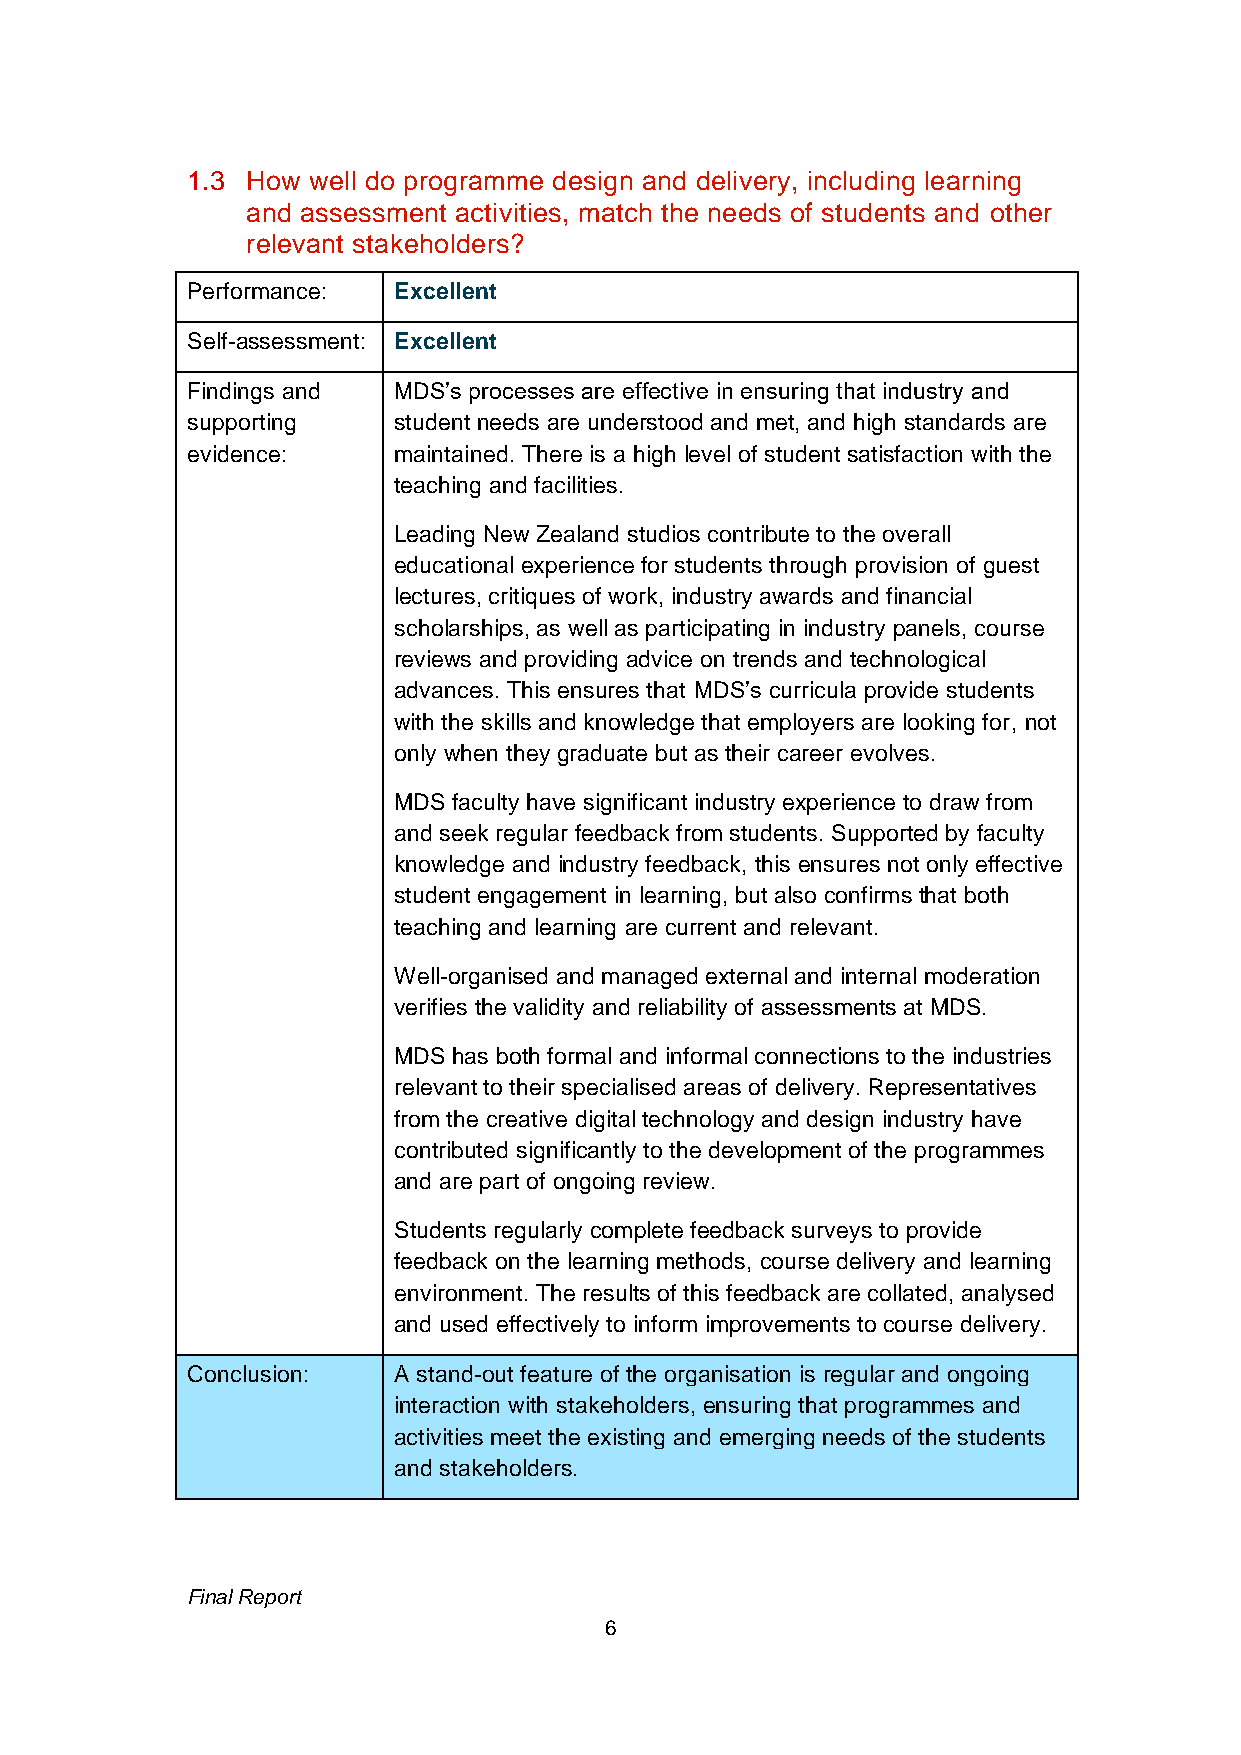
1.3 How well do programme design and delivery, including learning
 and assessment activities, match the needs of students and other
 relevant stakeholders?
 Performance:  Excellent
 Self-assessment: Excellent
 Findings and  MDS’s processes are effective in ensuring that industry and
 supporting    student needs are understood and met, and high standards are
 evidence:     maintained. There is a high level of student satisfaction with the
 teaching and facilities.
 Leading New Zealand studios contribute to the overall
 educational experience for students through provision of guest
 lectures, critiques of work, industry awards and financial
 scholarships, as well as participating in industry panels, course
 reviews and providing advice on trends and technological
 advances. This ensures that MDS’s curricula provide students
 with the skills and knowledge that employers are looking for, not
 only when they graduate but as their career evolves.
 MDS faculty have significant industry experience to draw from
 and seek regular feedback from students. Supported by faculty
 knowledge and industry feedback, this ensures not only effective
 student engagement in learning, but also confirms that both
 teaching and learning are current and relevant.
 Well-organised and managed external and internal moderation
 verifies the validity and reliability of assessments at MDS.
 MDS has both formal and informal connections to the industries
 relevant to their specialised areas of delivery. Representatives
 from the creative digital technology and design industry have
 contributed significantly to the development of the programmes
 and are part of ongoing review.
 Students regularly complete feedback surveys to provide
 feedback on the learning methods, course delivery and learning
 environment. The results of this feedback are collated, analysed
 and used effectively to inform improvements to course delivery.
 Conclusion:   A stand-out feature of the organisation is regular and ongoing
 interaction with stakeholders, ensuring that programmes and
 activities meet the existing and emerging needs of the students
 and stakeholders.
 Final Report
 6